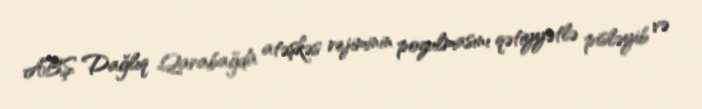
ABŞ Dağlıq Qarabağda atəşkəs rejiminin pozulmasını qətiyyətlə pisləyib və